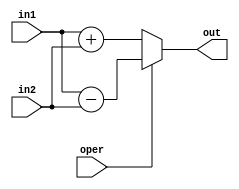
module AddSub(out,in1,in2,oper);

input oper;
input [15:0] in1,in2;
output reg [15:0] out;

always @(*)
begin 
if(oper) out = in1 - in2;
else out = in1 + in2; 
end

endmodule

module Dff ( d,q,clk,clr);

    input d,clk,clr;
    output reg q;

    always @(posedge clk)
	   begin
		  if(clr) q <= 1'b0;
		  else q <= d;
	   end

endmodule

module Counter(count,clk,ld,decr);
	input decr,ld,clk;
	output reg [4:0] count;
	always @(negedge clk)
	begin
		if(ld) count <= 5'd16;
		else if (decr) count <= count-1;
	end
endmodule

module shiftReg(data_in,data_out,SR_in,clk,ld,clr,sft);

    input clk,SR_in,ld,clr,sft;
    input [15:0] data_in;
    output reg [15:0] data_out;

    always @(negedge clk)
	   begin
		  if(clr) data_out<=0;
		  else if(ld) data_out <= data_in;
		  else if(sft) data_out <= {SR_in,data_out[15:1]};
	   end
endmodule

module PIPOReg (data_in,data_out,clk,ld);
	input [15:0] data_in;
	input clk,ld;
	output reg [15:0] data_out;

	always @(negedge clk)
	begin
		if(ld) data_out <= data_in;
	end
endmodule